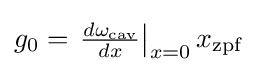
g_{0}=\left.{\tfrac {d\omega _{\text{cav}}}{dx}}\right|_{x=0}x_{\text{zpf}}